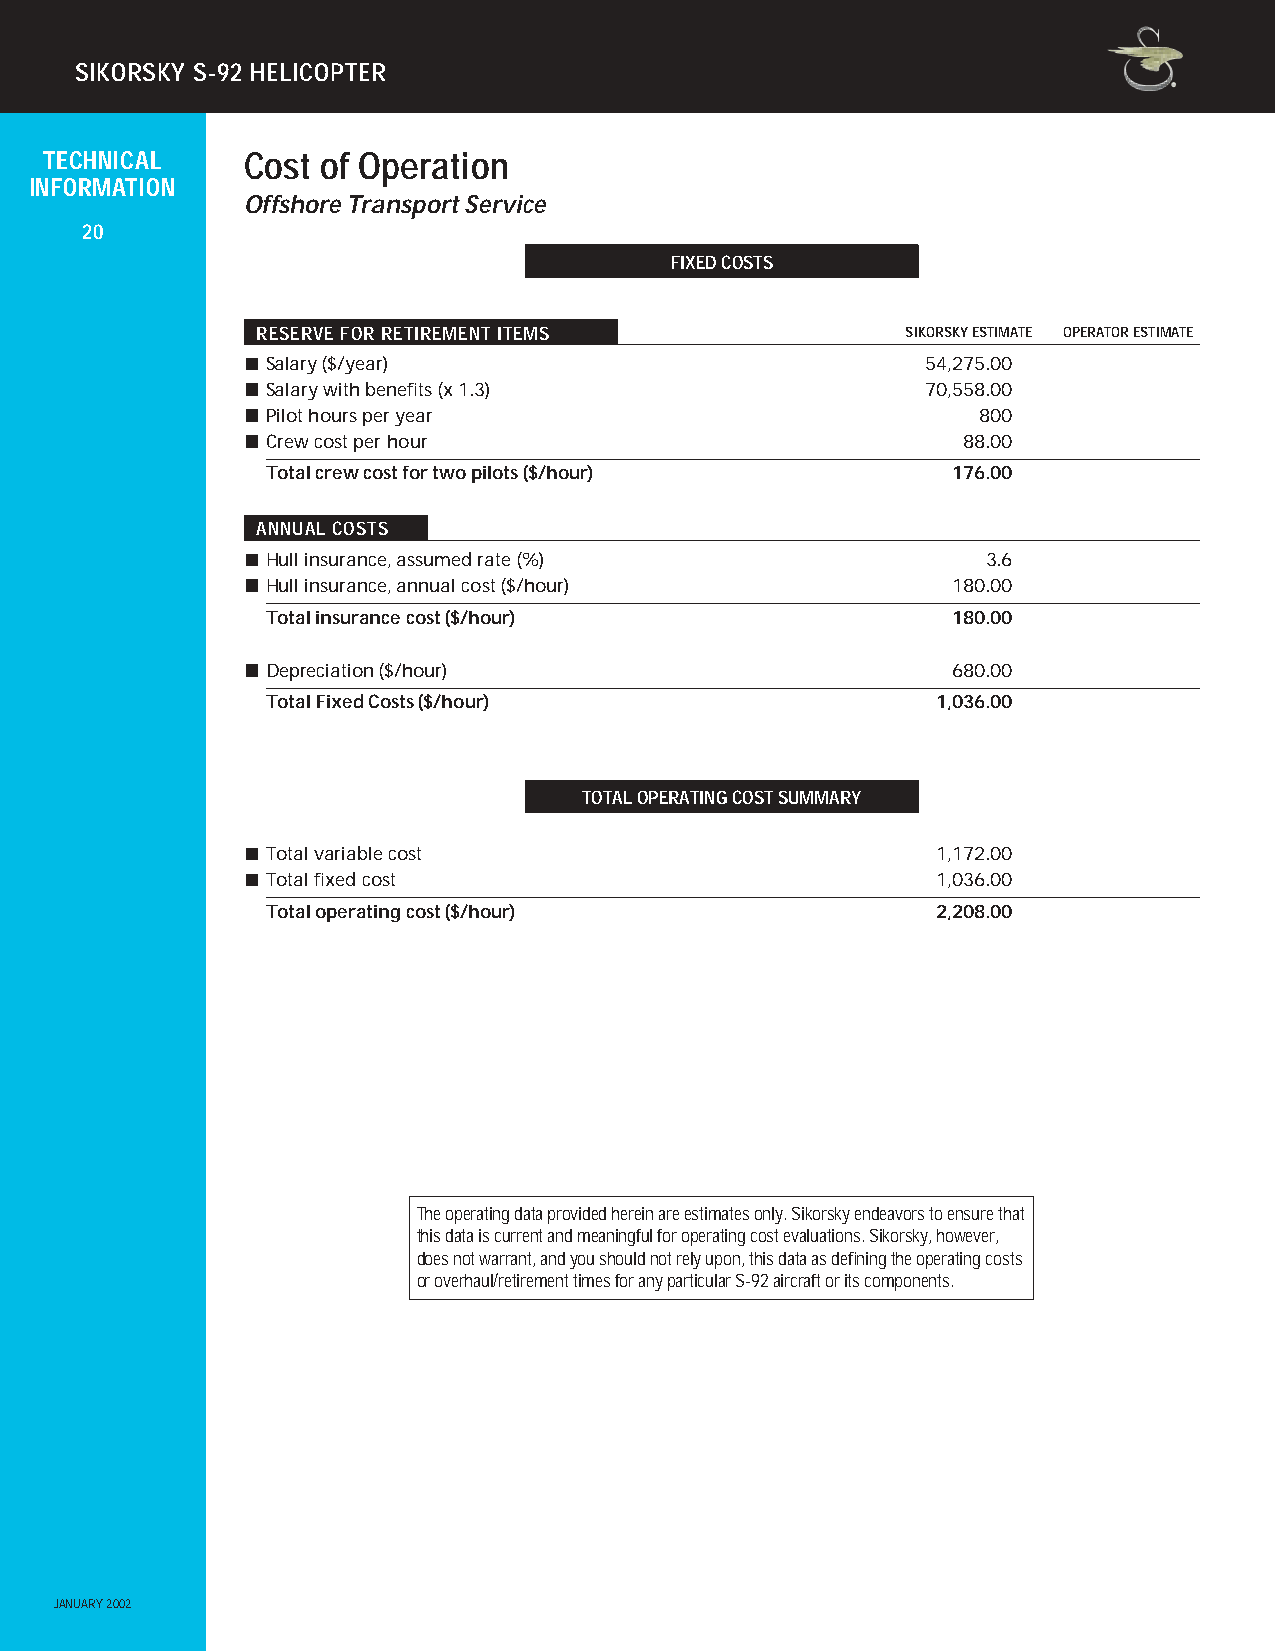
SIKORSKY S-92 HELICOPTER
 TECHNICAL    Cost of Operation
 INFORMATION
 Offshore Transport Service
 20
 FIXED COSTS
 RESERVE FOR RETIREMENT ITEMS               SIKORSKY ESTIMATE OPERATOR ESTIMATE
 Salary ($/year)                            54,275.00
 Salary with benefits (x 1.3)               70,558.00
 Pilot hours per year                           800
 Crew cost per hour                            88.00
 Total crew cost for two pilots ($/hour)      176.00
 ANNUAL COSTS
 Hull insurance, assumed rate (%)               3.6
 Hull insurance, annual cost ($/hour)         180.00
 Total insurance cost ($/hour)                180.00
 Depreciation ($/hour)                        680.00
 Total Fixed Costs ($/hour)                  1,036.00
 TOTAL OPERATING COST SUMMARY
 Total variable cost                         1,172.00
 Total fixed cost                            1,036.00
 Total operating cost ($/hour)               2,208.00
 The operating data provided herein are estimates only. Sikorsky endeavors to ensure that
 this data is current and meaningful for operating cost evaluations. Sikorsky, however,
 does not warrant, and you should not rely upon, this data as defining the operating costs
 or overhaul/retirement times for any particular S-92 aircraft or its components.
 JANUARY 2002